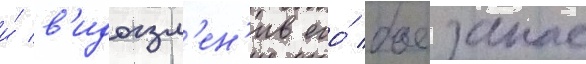
и́ в'идоизм'ен'ив его́ боезапас